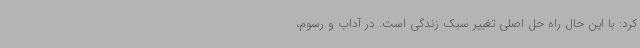
کرد: با این حال راه حل اصلی تغییر سبک زندگی است. در آداب و رسوم،